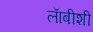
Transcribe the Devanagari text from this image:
लाॅबीशी